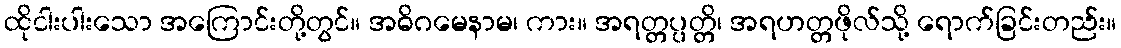
ထိုငါးပါးသော အကြောင်းတို့တွင်။ အဓိဂမေနာမ၊ ကား။ အရတ္တပ္ပတ္တိ၊ အရဟတ္တဖိုလ်သို့ ရောက်ခြင်းတည်း။